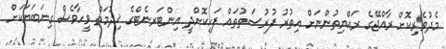
މެދުވެރިކޮށް ރާއްޖޭގެ ރައްޔިތުންނަށް އިތުރު ފުރުސަތުތައް ފަހިކޮށްދީ އިންޓަރނެޓްގެ ޚިދުމަތް ވީހާވެސް ގިނަބަޔަކަށް